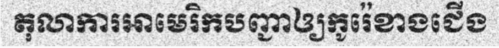
តុលាការអាមេរិកបញ្ជាឲ្យកូរ៉េខាងជើង